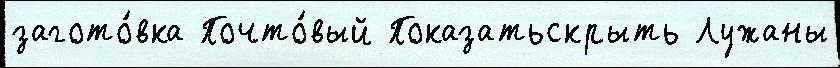
загото́вка Почто́вый Показатьскрыть Лужаны